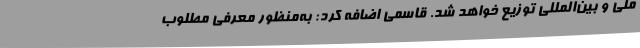
ملی و بین‌المللی توزیع خواهد شد. قاسمی اضافه کرد: به‌منظور معرفی مطلوب